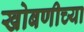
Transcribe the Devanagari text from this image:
खोबणीच्या